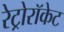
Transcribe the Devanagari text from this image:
रेट्रोरॉकेट